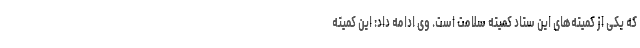
که یکی از کمیته‌های این ستاد کمیته سلامت است. وی ادامه داد: این کمیته